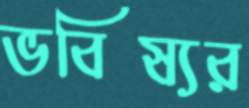
ভবিষ্যর